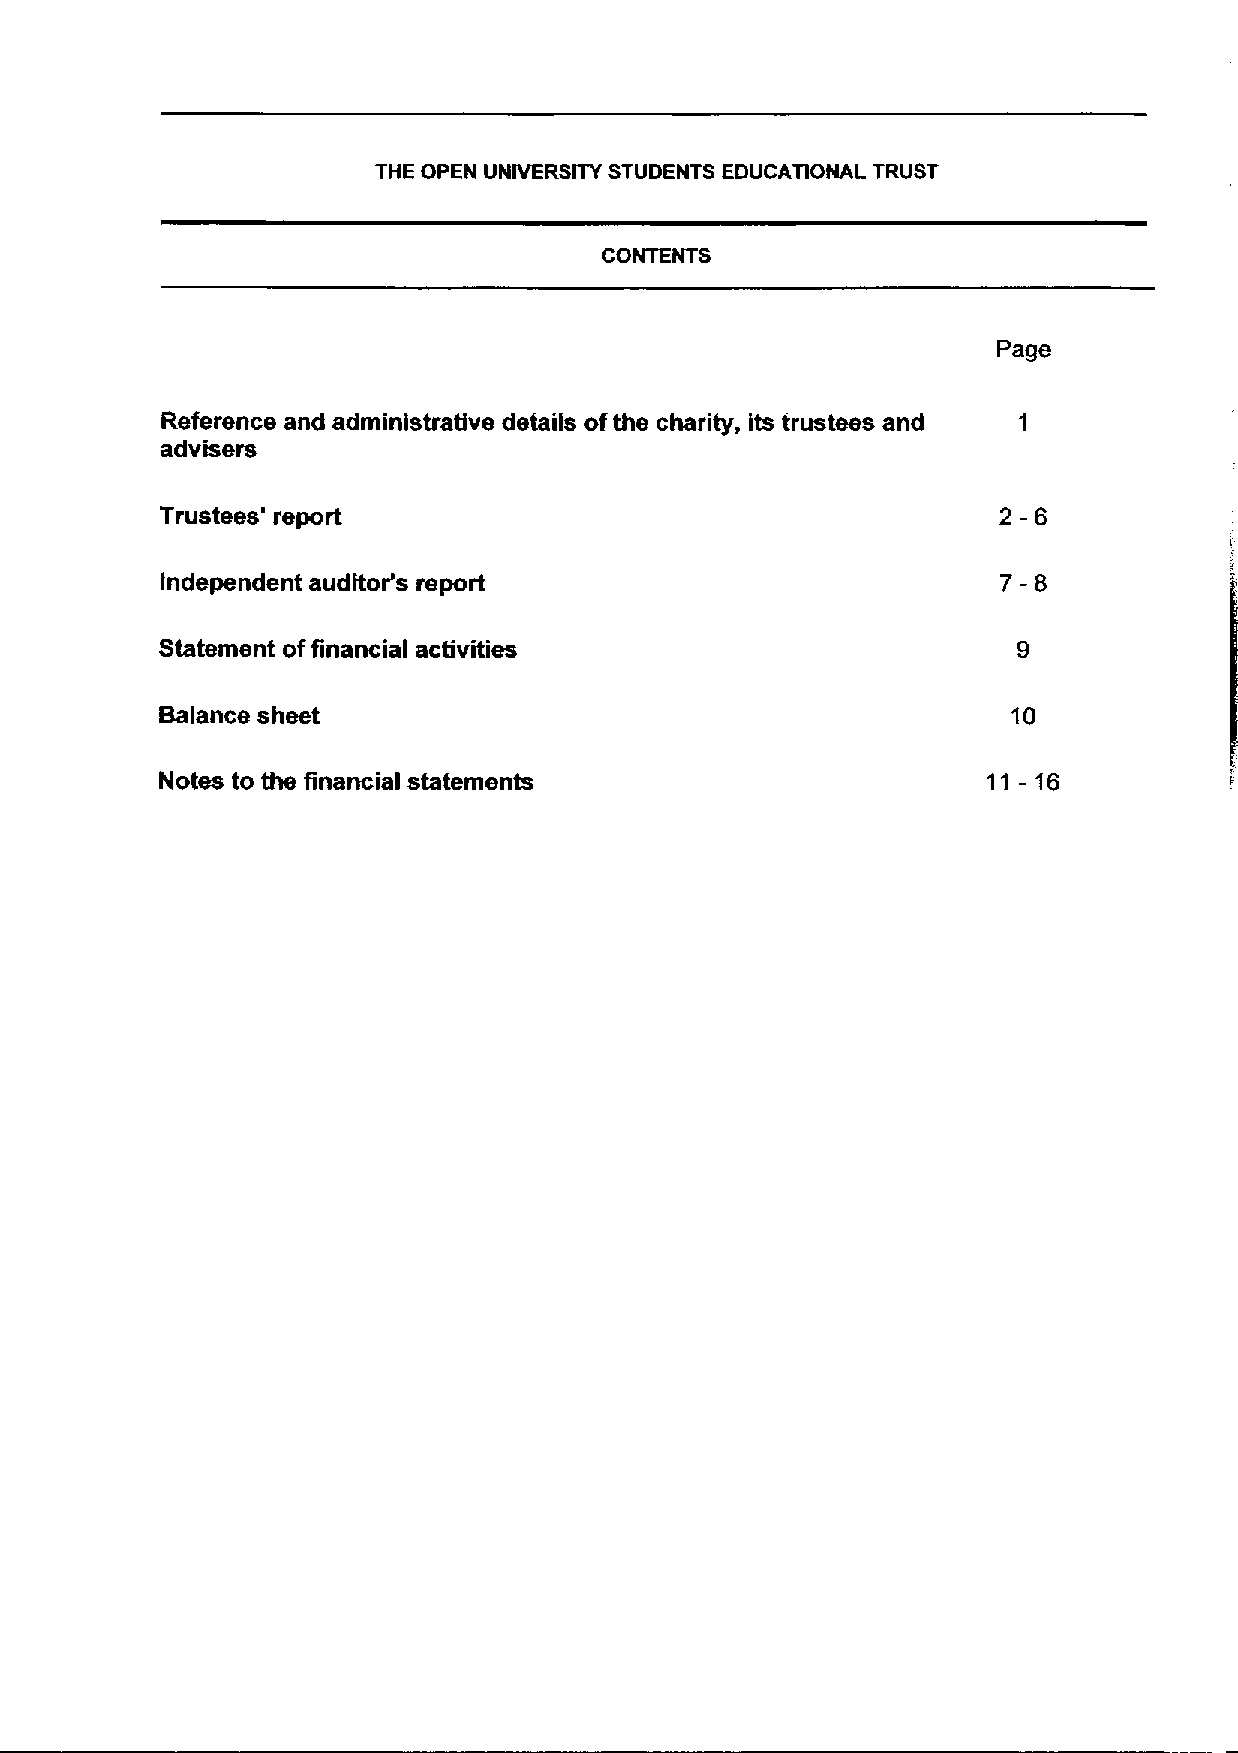
THE OPEN UNIVERSITY STUDENTS EDUCAllONAL TRUST
 CONTENTS
 Page
 Reference and administrative details ofthe charity, its trustees and
 advisers
 2-6
 Trustees' report
 7-8
 independent auditor's report
 Statement offinancial activities
 Balance sheet                                           10
 Notes to the financial statements                     11 -16